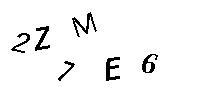
2Z7ME6